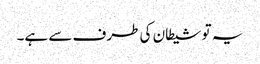
یہ تو شیطان کی طرف سے ہے۔